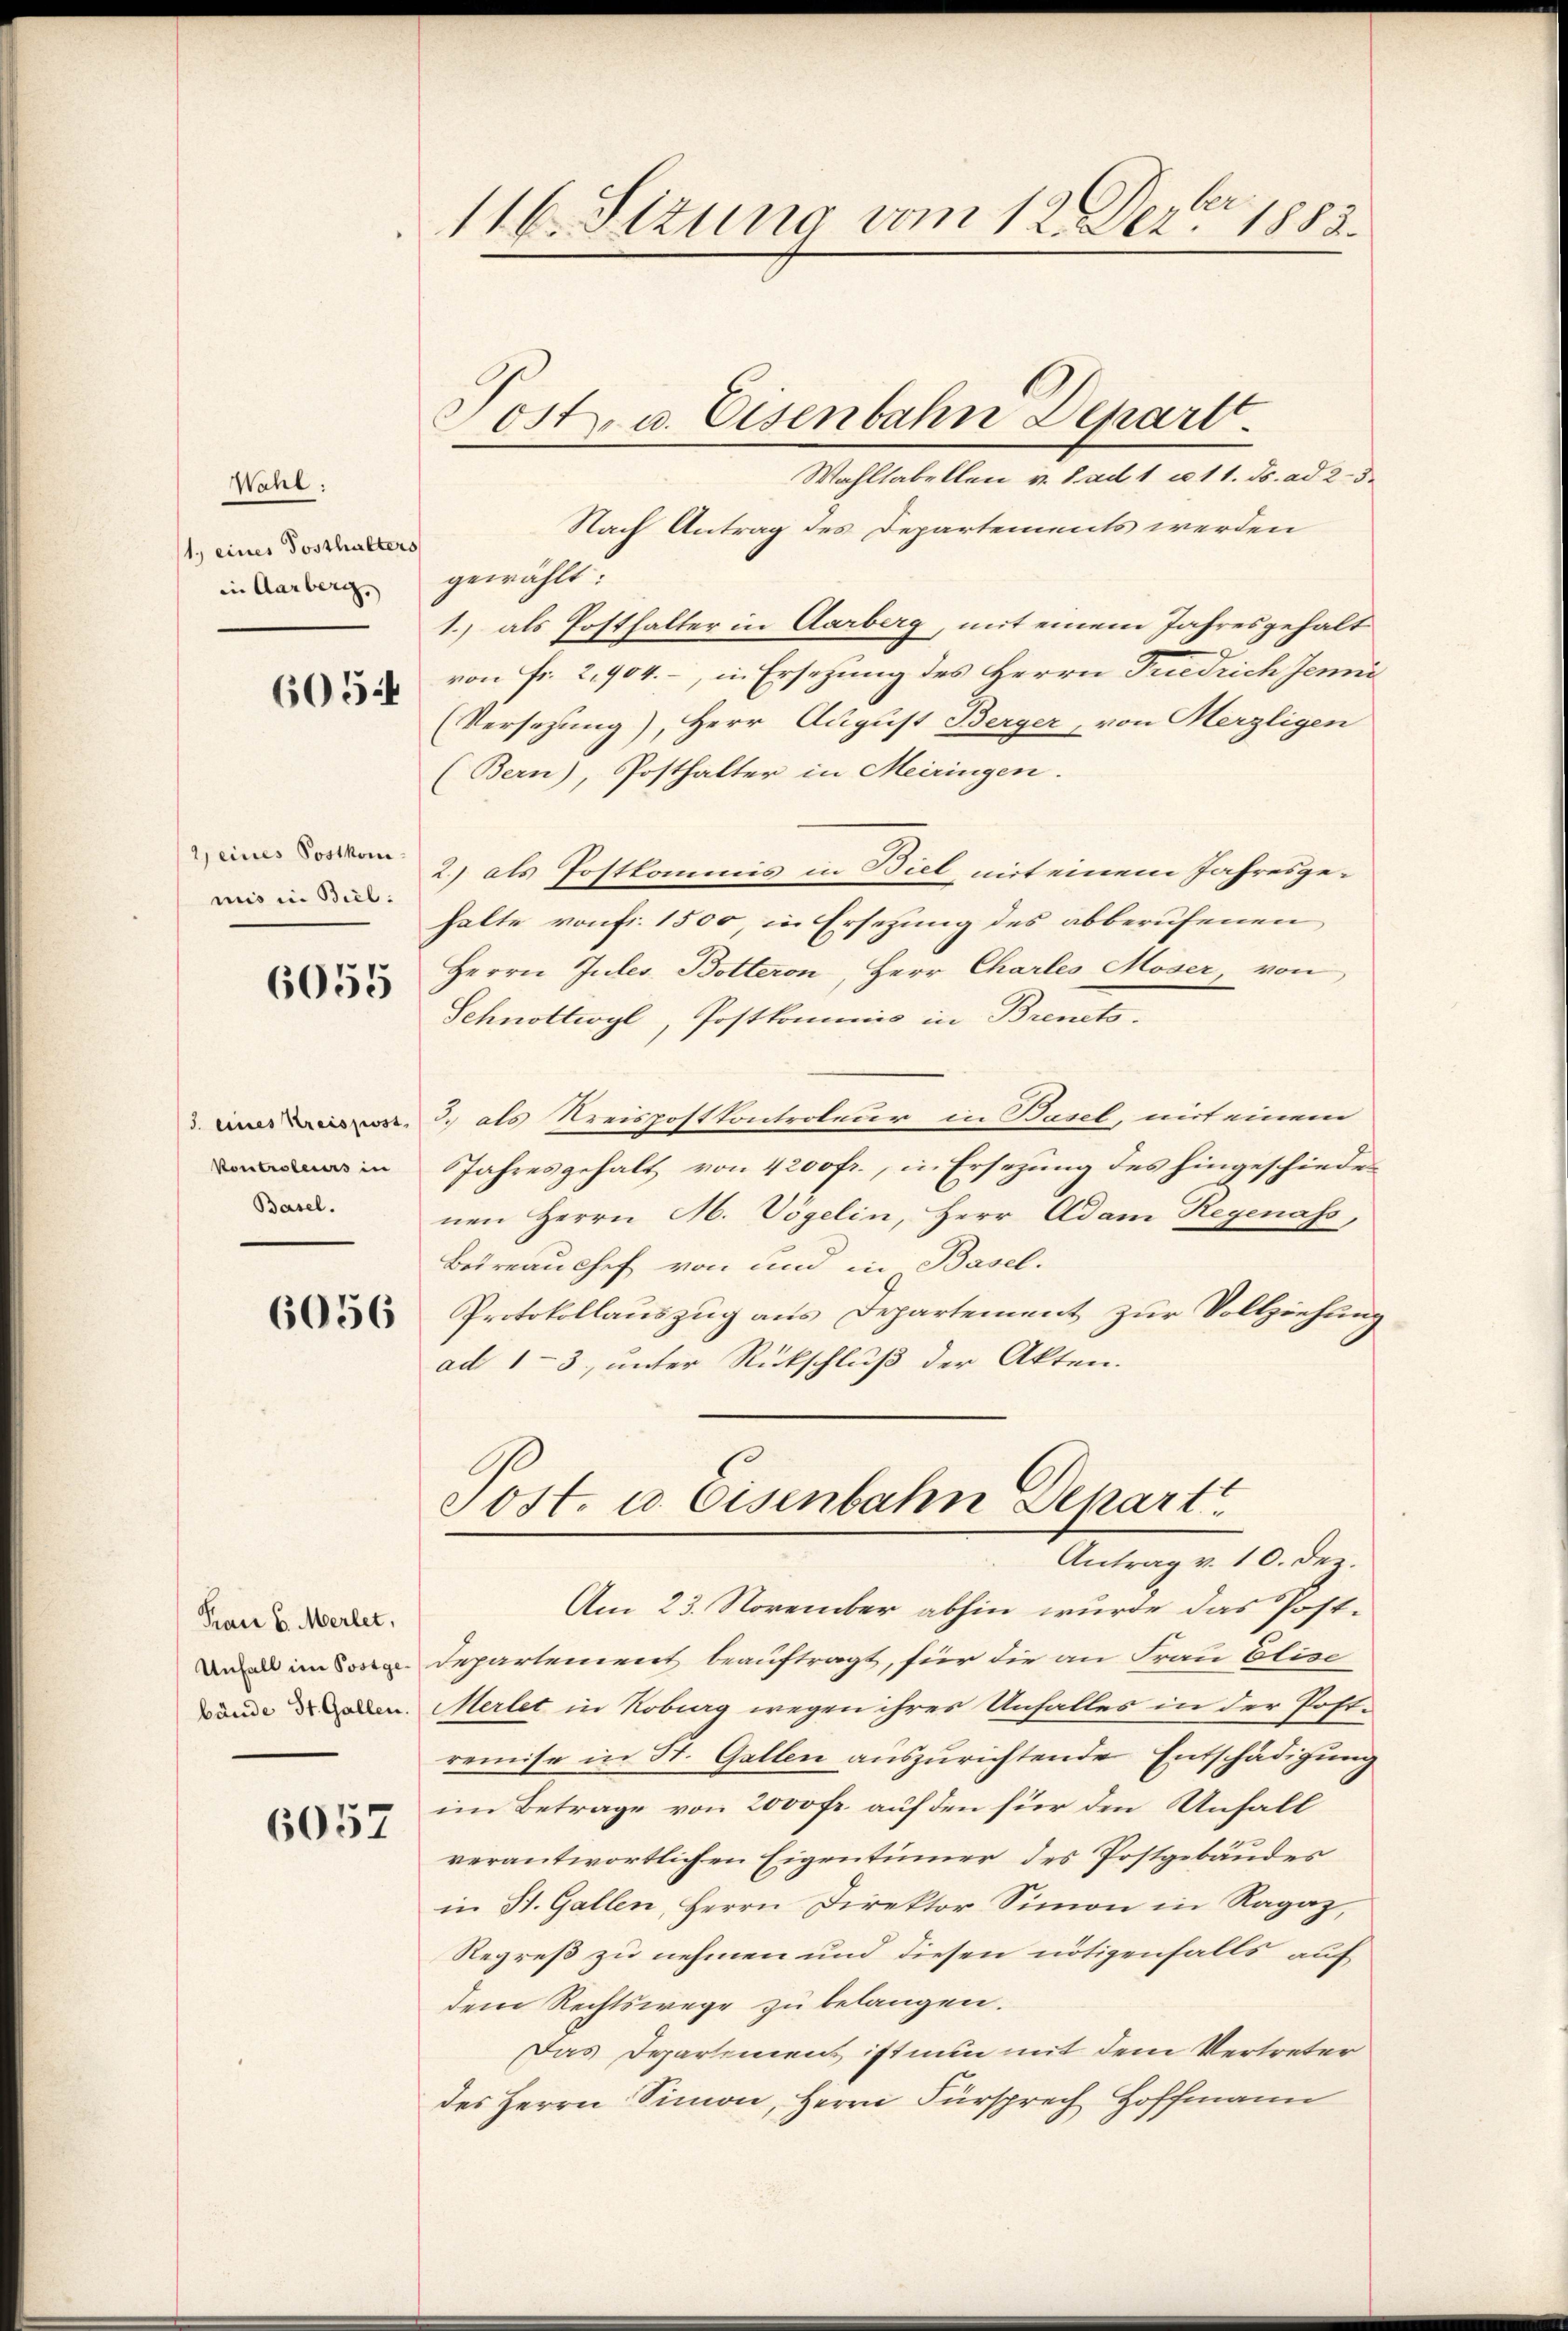
Wahl:
1, eines Posthalters
in Aarberg,

605:

2) eines Postkom
mis in Biel.

6055

J. eines Kreispost,
Kontroleurs in
Basel.

6056

Kan 6. Merlet,
Unfall im Postge
bände St. Gallen.

6057

116. Sitzung vom 12. Dez. 1883.

Tost. u. Eisenbahn Depart.
Wahltabellen v. J. ad 1. u 11. ds. ad 2. 3.

Nach Antrag des Departements werden
gewählt:
1) als Posthalter in Aarberg, mit einem Jahresgehalt
von Fr. 2904. – in Ersetzung des Herrn Friedrich Jenni
(Versezung), Herr August Berger, von Herzligen
(Bern), Posthalter in Meiringen.
2) als Postkommis in Biel mit einem Jahresgehalte von fr. 1500, in Ersetzung des abberufenen
Herrn Jules Botteron, Herr Charles Moser, von
Schnottwyl, Postkommis in Brents.
3. als Kreispostkontroleur in Basel, mit einem
Jahresgehalt von 4200 fr., in Ersezung des hingeschieden
nen Herrn M. Vögelin, Herr Adam Regenass,
Beireau chef von und in Basel.
Protokollauszug aus Departement zur Vollziehung
ad 13, unter Rückschluß der Akten.
Sost. u. Eisenbahn Separt
Antrag v. 10. Dez.
Am 23. November abhin wurde das Post¬
Departement beauftragt, für die an Frau Elise
Merlet in Kobrag wegen ihres Unfalles in der Postremise in St. Gallen auszurichtende Entschädigung
im Betrage von 2000 fr. auf den für den Unfall
verantwortlichen Eigentümer des Postgebäudes
in St. Gallen, Herrn Direktor Simon in Ragaz,
Regreß zu nehmen und diesen nötigenfalls auf
dem Rechtswege zu belangen.
Das Departimens ist nun mit dem Vertreter
des Herrn Simon, Herrn Fürsprech Hoffmann